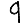
Digit: 9